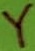
Text: Y